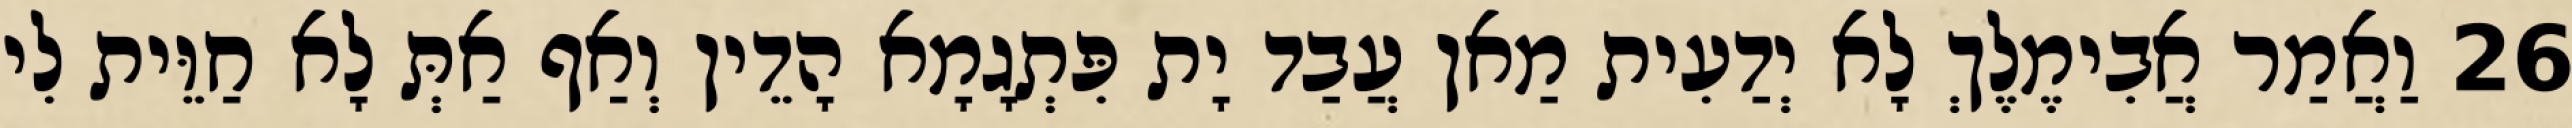
26 וַאֲמַר אֲבִימֶלֶךְ לָא יְדַעִית מַאן עֲבַד יָת פִּתְגָמָא הָדֵין וְאַף אַתְּ לָא חַוֵּית לִי